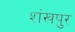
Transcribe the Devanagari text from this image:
शंखपुर